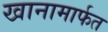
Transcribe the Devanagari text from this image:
खानामार्फत